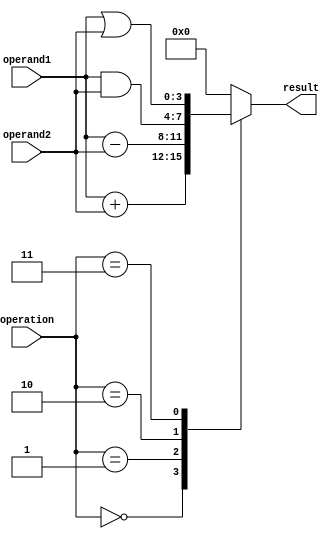
module ALU (
    input wire [3:0] operation,
    input wire [3:0] operand1,
    input wire [3:0] operand2,
    output reg [3:0] result
);

always @(operation, operand1, operand2) begin
    case(operation)
        4'b0000: result = operand1 + operand2; // addition
        4'b0001: result = operand1 - operand2; // subtraction
        4'b0010: result = operand1 & operand2; // AND
        4'b0011: result = operand1 | operand2; // OR
        // Add more operations as needed
        default: result = 4'b0000; // default to addition
    endcase
end

endmodule